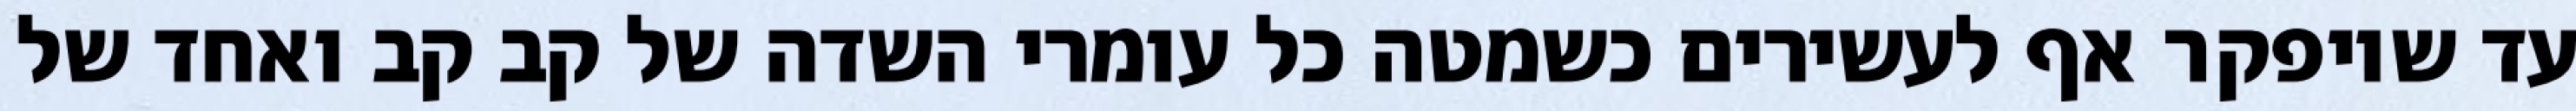
עד שיופקר אף לעשירים כשמטה כל עומרי השדה של קב קב ואחד של